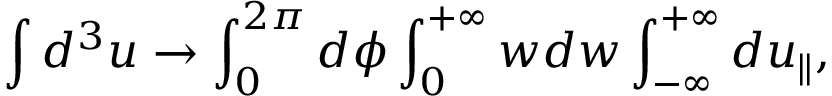
\int d ^ { 3 } u \rightarrow \int _ { 0 } ^ { 2 \pi } d \phi \int _ { 0 } ^ { + \infty } w d w \int _ { - \infty } ^ { + \infty } d u _ { \parallel } ,